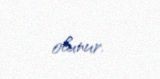
olunur.